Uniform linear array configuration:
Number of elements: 24
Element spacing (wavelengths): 0.25
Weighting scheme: cosine
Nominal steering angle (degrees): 0
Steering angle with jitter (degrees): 0.5561
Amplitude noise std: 0.05
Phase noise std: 0.05

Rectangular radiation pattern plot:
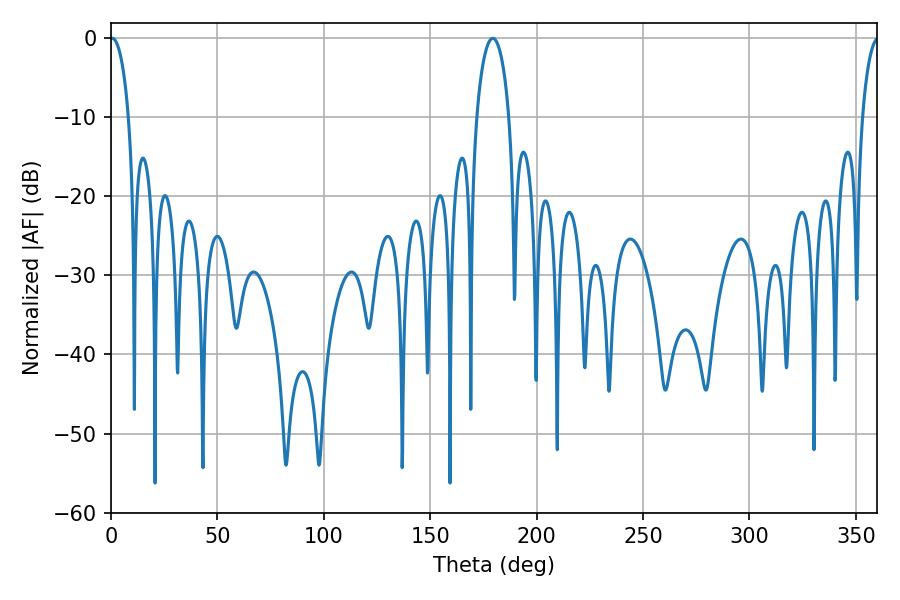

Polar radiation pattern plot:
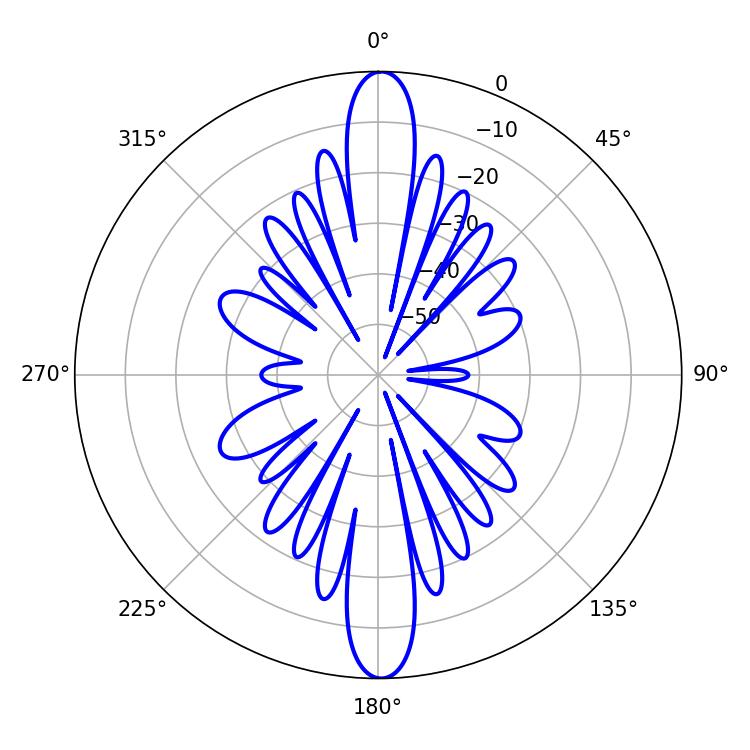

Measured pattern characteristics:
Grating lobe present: FALSE
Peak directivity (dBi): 28.314
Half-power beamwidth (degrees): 5.04
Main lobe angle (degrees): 0.54